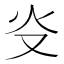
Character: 𤆌